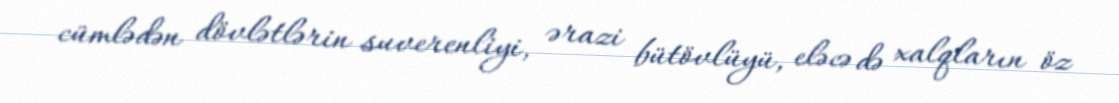
cümlədən dövlətlərin suverenliyi, ərazi bütövlüyü, eləcə də xalqların öz